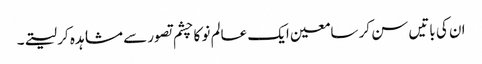
ان کی باتیں سن کر سامعین ایک عالم نو کا چشم تصور سے مشاہدہ کر لیتے۔